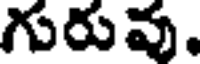
గురువు.